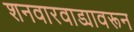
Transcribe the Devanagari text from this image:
शनवारवाड्यावरून